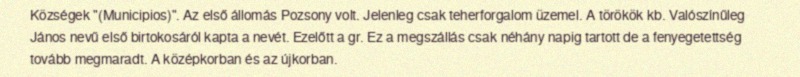
Községek "(Municipios)". Az első állomás Pozsony volt. Jelenleg csak teherforgalom üzemel. A törökök kb. Valószínűleg János nevű első birtokosáról kapta a nevét. Ezelőtt a gr. Ez a megszállás csak néhány napig tartott de a fenyegetettség tovább megmaradt. A középkorban és az újkorban.